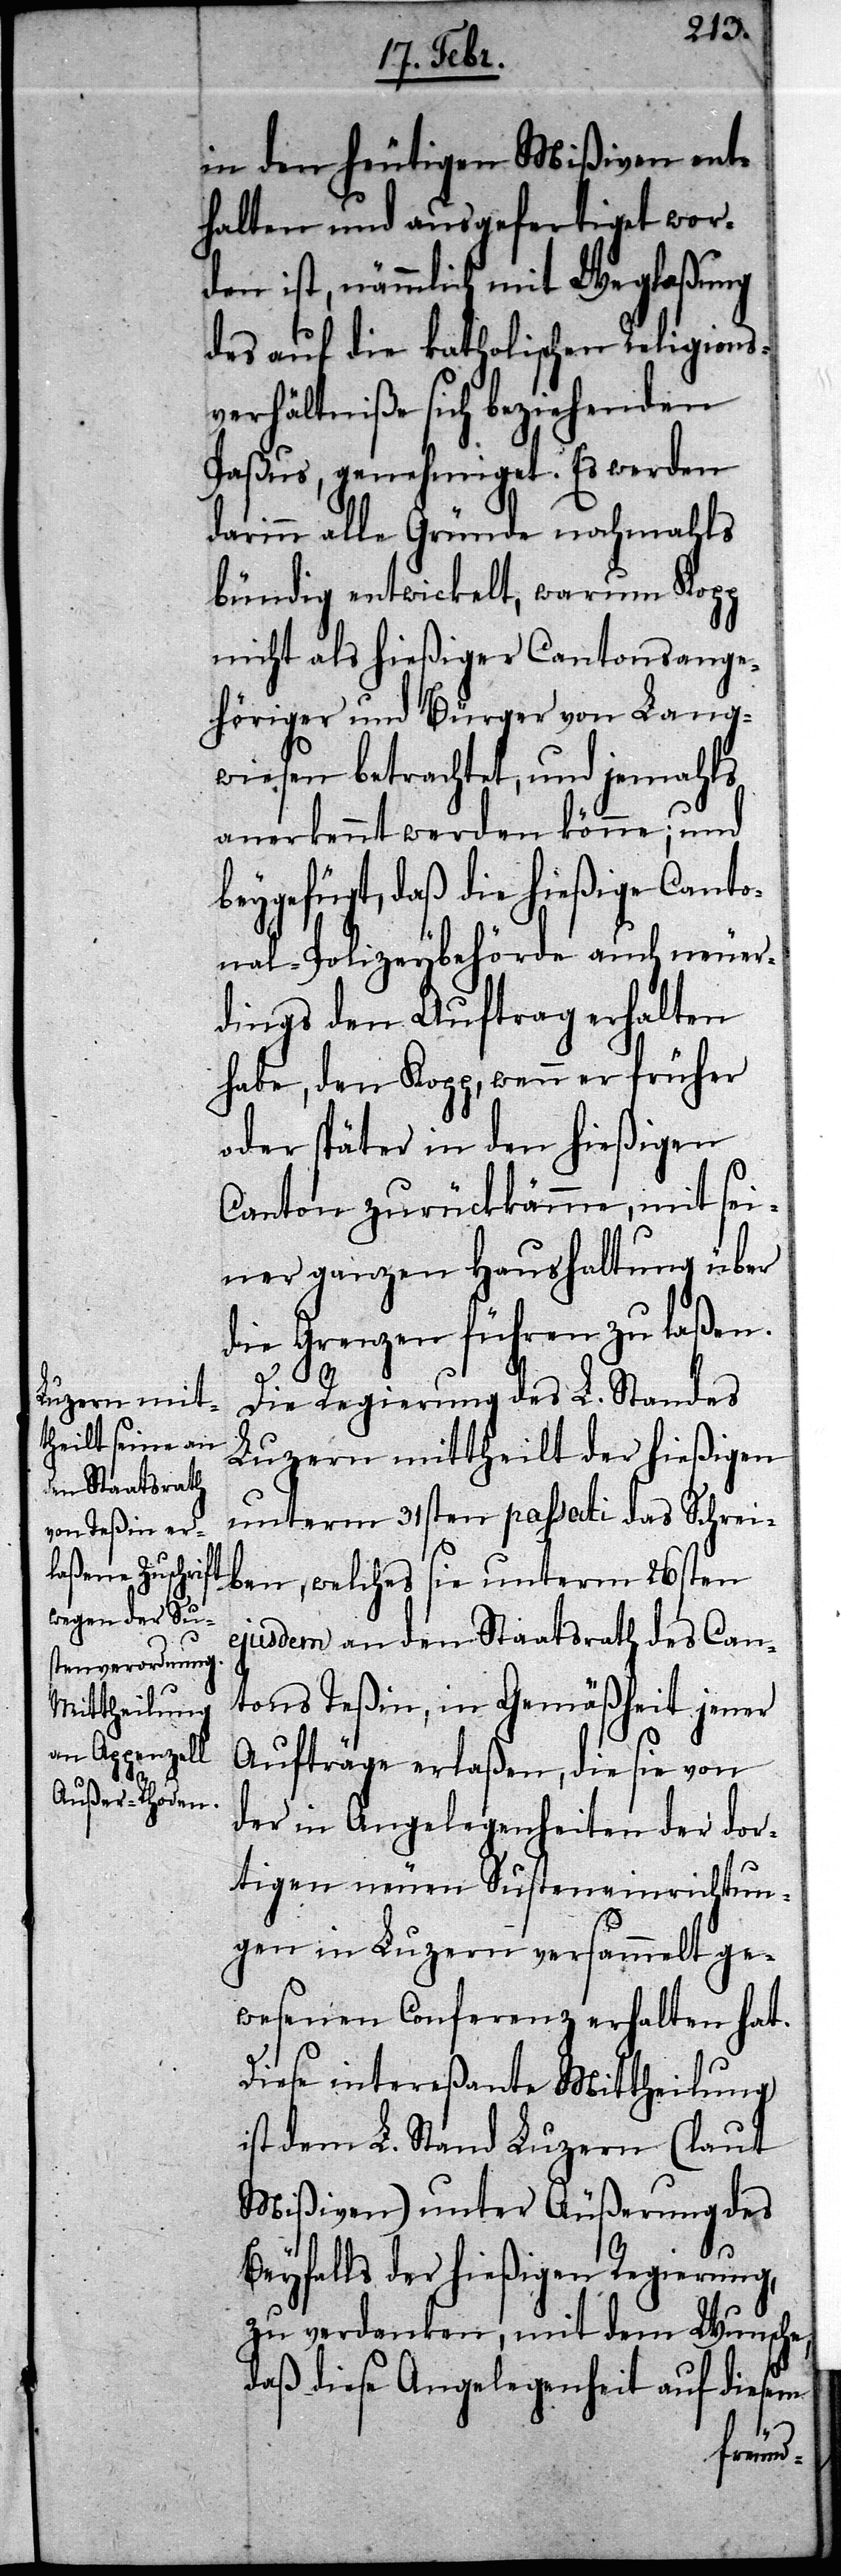
in den heutigen Mißiven ent¬
halten und ausgefertiget wor¬
den ist, nämmlich mit Weglaßung
des auf die katholischen Religions¬
verhältniße sich beziehenden
Paßus, genehmiget. Es werden
darinn alle Gründe nochmahls
bündig entwickelt, warum Kopp
nicht als hießiger Cantonsange¬
höriger und Bürger von Lang¬
wiesen betrachtet, und jemahls
anerkennt werden könne; und
gefügt, daß die hießige Cant¬
onal-Polizeybehörde auch neuer¬
dings den Auftrag erhalten
habe, den Kopp, wenn er früher
oder später in den hießigen
Canton zurückkämme, mit sei¬
ner ganzen Haushaltung über
die Grenzen führen zu laßen.
Die Regierung des L. Standes
Luzern mittheilt der hießigen
unterm 31sten passati das Schrei¬
ben, welches sie unterm 26sten
ejusdem an den Staatsrath des Can¬
tons Teßin, in Gemäßheit jener
Aufträge erlaßen, die sie von
der in Angelegenheiten der dor¬
tigen neuen Susteneinrichtun¬
gen in Luzern versammelt ge¬
wesenen Conferenz erhalten hat.
Diese intereßante Mittheilung
ist dem L. Stand Luzern (laut
Mißiven) unter Äußerung des
Beyfalls der hießigen Regierung,
zu verdanken, mit dem Wunsche,
daß diese Angelegenheit auf diesem
bey¬